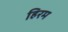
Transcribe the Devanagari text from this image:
हिरम